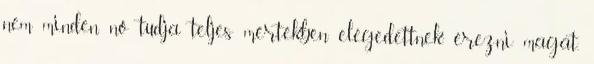
nem minden nő tudja teljes mértékben elégedettnek érezni magát,